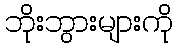
ဘိုးဘွားများကို